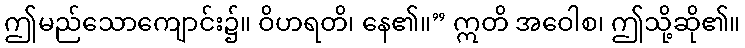
ဤမည်သောကျောင်း၌။ ဝိဟရတိ၊ နေ၏။” ဣတိ အဝေါစ၊ ဤသို့ဆို၏။